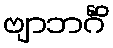
ဗျာဘင်္ဂိံ